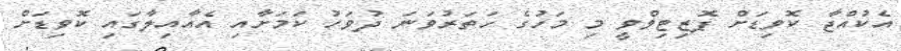
އެކުއްޖާ ކޮވިޑަށް ޕޮޒިޓިވްވީ މި މަހުގެ ހަތަރުވަނަ ދުވަހު ކަމަށާއި އެއާއިލާގައި ކޮވިޑަށް